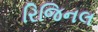
રિજિનલ